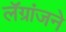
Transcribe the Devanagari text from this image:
लॅग्रांजने